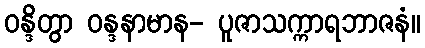
ဝန္ဒိတွာ ဝန္ဒနာမာန- ပူဇာသက္ကာရဘာဇနံ။